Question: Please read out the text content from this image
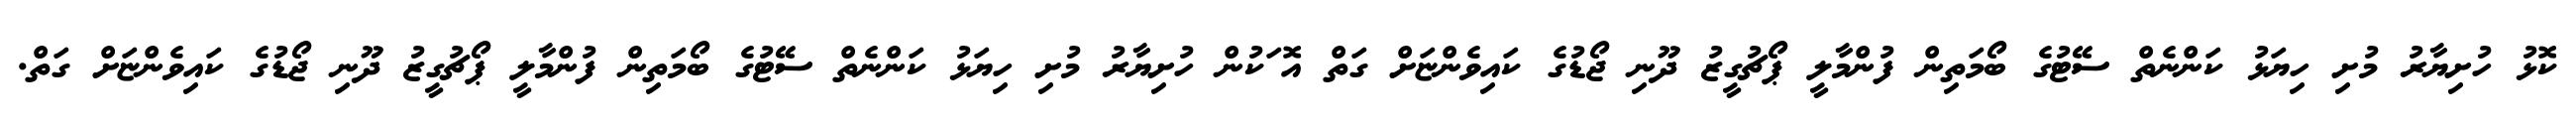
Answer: ކޮޅު ހުށިޔާރު މުށި ހިޔަޅު ކަންނެތް ސޭޓުގެ ބޯމަތިން ފުންމާލީ ޕޯޗުގީޒު ދޫނި ޖޯޑުގެ ކައިވެންޏަށް ގަތް އޮޱަކުން ހުށިޔާރު މުށި ހިޔަޅު ކަންނެތް ސޭޓުގެ ބޯމަތިން ފުންމާލީ ޕޯޗުގީޒު ދޫނި ޖޯޑުގެ ކައިވެންޏަށް ގަތް.